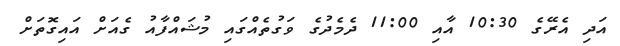
އަދި އެރޭގެ 10:30 އާއި 11:00 ދެމެދުގެ ވަގުތެއްގައި މުޝައްފާއު ގެއަށް އައިގޮތަށް